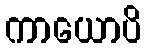
ကာယောပိ